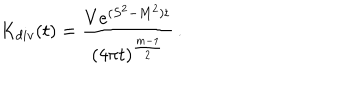
K _ { d i v } ( t ) = \frac { V e ^ { ( S ^ { 2 } - M ^ { 2 } ) t } } { ( 4 \pi t ) ^ { \frac { m - 1 } 2 } } \, .